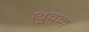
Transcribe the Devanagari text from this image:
थुवन्